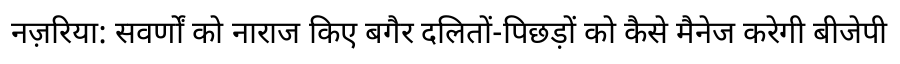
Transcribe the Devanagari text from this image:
नज़रिया: सवर्णों को नाराज किए बगैर दलितों-पिछड़ों को कैसे मैनेज करेगी बीजेपी